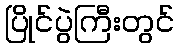
ပြိုင်ပွဲကြီးတွင်